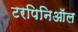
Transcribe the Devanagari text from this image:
टरपिनिऑल